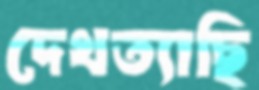
দেখত্যাছি